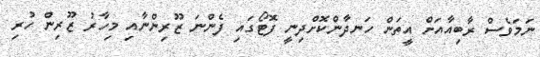
ނަމަވެސް ރާބިއާއަށް އީތަން ހަނދާންކޮށްދިނީ ފޮޓޯގައި ފެންނަ ޒޫރިންނާއި މިހާރު ޒޫރިން ހުރި